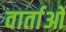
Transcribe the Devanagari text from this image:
वार्ताओ